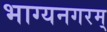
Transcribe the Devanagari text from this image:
भाग्यनगरम्